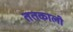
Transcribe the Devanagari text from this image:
ततकाली